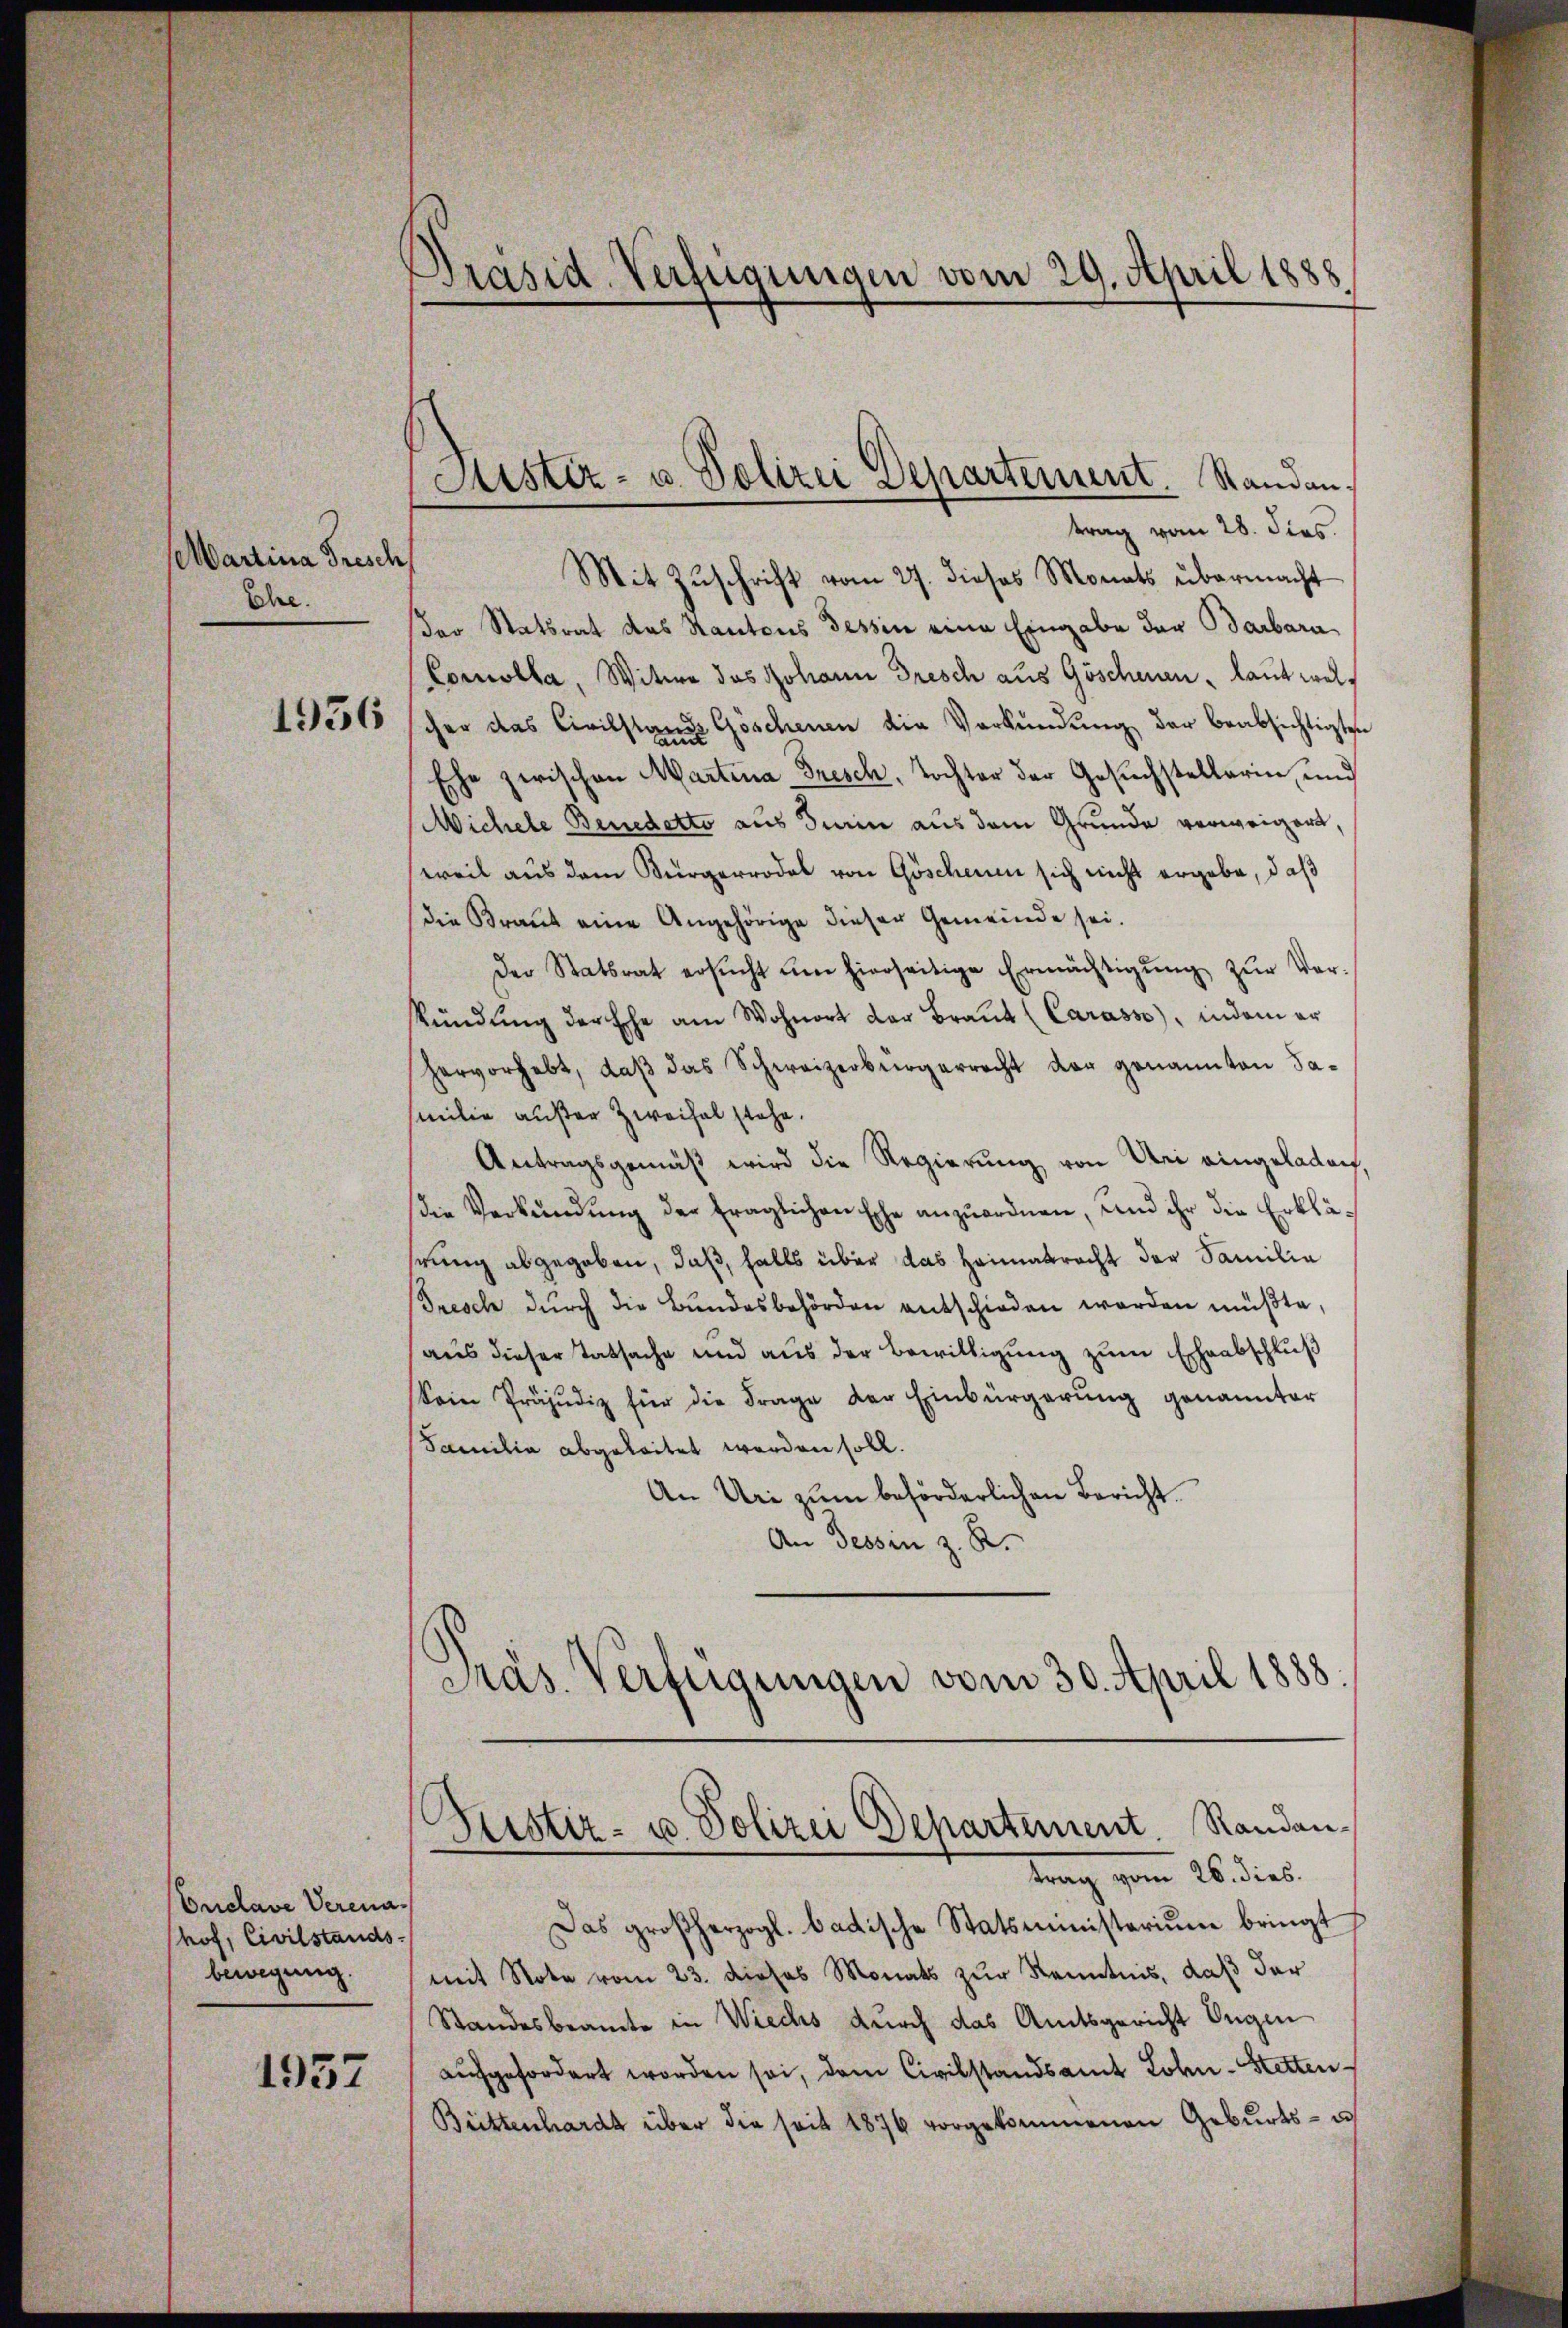
Martina Frisch
Ehe.

1956

Enclave Verenahof, Civilstands-
bewegung.

1957

Präsid. Verfügungen vom 29. April 1888

Mit Zŭschrift vom 27. dieses Monats übermacht
er Statsrat das Kantons Tessin eine Eingabe der Barbara
Comolla, Witwe des Johann Dresch aus Göschenen, laut welcher das Civilstand Göschenen die Verkündung der beabsichtigten
Ehe zwischen Martina Dresch, Tochter der Gesuchstellerin und
Michele Benedetto aus Turin aus dem Grunde verweigert,
weil aus dem Bürgerrodel von Göschenen sich nicht ergabe, daß
die Braut eine Angehörige dieser Gemeinde sei.
Der Statsrat ersŭcht ŭm hierseitige Ermächtigŭng zŭr Ver-
stündŭng der Ehe am Wohnort der Braŭt (Carasse), indem er
hervorhebt, daβ das Schweizerbürgerrecht der genannten Samilie außer Zweifel stehe.
Antragsgemäß wird die Regierung von Uri eingeladen,
die Verkündung der fraglichen Ehe anzuordnen, und ihr die Erklährung abgegeben, daß, falls über das Heimatracht der Familia
Tresch dŭrch die Bundesbehörden entschieden worden müßte,
aus dieser Tatsache und aŭs der Bewilligŭng zŭm Eheabschlŭβ
Sein Präjudiz für die Frage der Einbürgerŭng genannter
Familia abgeleitet worden soll.
An Uri zum beförderlichen Bericht.
An Tessin z. R.
.
Präs. Verfügungen vom 30. April 1888.

Jüster- u. Polizei Departement. Standantrag vom 28. dies.

.
.
tistiz- u. Polizei Departement. Randantrag vom 26. dies

Das großherzogl. badische Statsministerium bringt
mit Note vom 23. dieses Monats zur Kenntnis, daß der
Standesbeamte in Wiechs durch das Amtsgericht Eugen
aufgefordert worden sei, dem Civilstandsamt Lohn - Stetten
Büttenhardt über die seit 1876 vorgekommenen Geburts- u